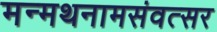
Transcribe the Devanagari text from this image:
मन्मथनामसंवत्सर